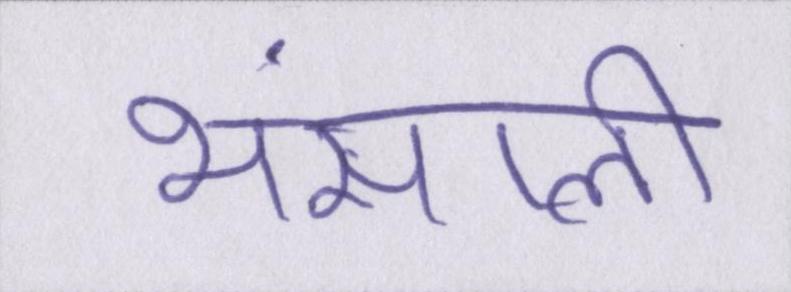
भंसाली